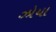
ઝોયા